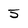
Character: 5